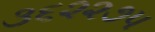
૩૬૨૨૭૫